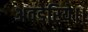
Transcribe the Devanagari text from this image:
अवडेरिये।।